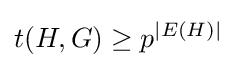
t(H,G)\geq p^{|E(H)|}